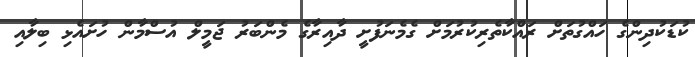
ކުޑަކުދިންގެ ހައްގުތަށް ރައްކާތެރިކުރުމަށް ގެމެނަފުށީ ދާއިރާގެ މެންބަރު ޖަމީލް އުސްމާން ހުށައެޅި ބިލާއި